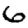
Digit: 6